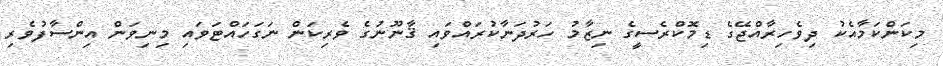
މިކަންކަމާއެކު ދިވެހިރާއްޖޭގެ ޑިމޮކްރެސީގެ ނިޒާމު ހަރުދަނާކުރައްވައި ޤާނޫނުގެ ވެރިކަން ނަގަހައްޓަވައި މިނިވަން އިންސާފުވެރި